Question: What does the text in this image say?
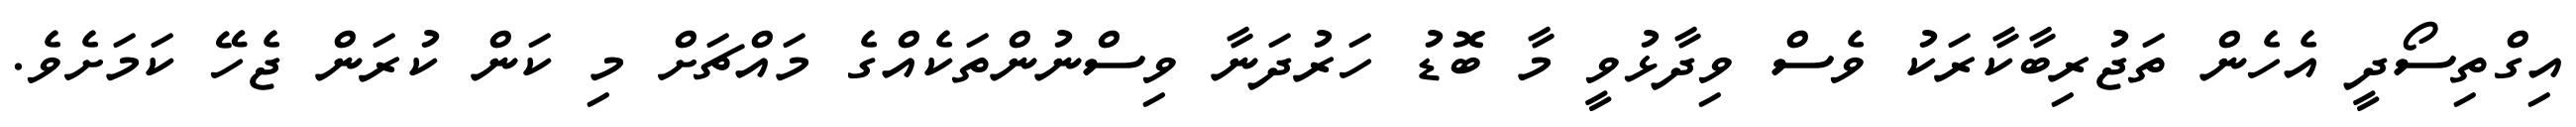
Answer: އިގްތިސޯދީ އެހެން ތަޖުރިބާކާރަކު ވެސް ވިދާޅުވީ މާ ބޮޑު ހަރުދަނާ ވިސްނުންތަކެއްގެ މައްޗަށް މި ކަން ކުރަން ޖެހޭ ކަމަށެވެ.